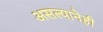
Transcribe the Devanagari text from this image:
असल्यानेही